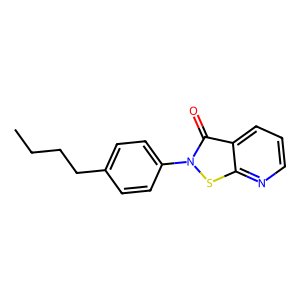
SMILES: CCCCc1ccc(-n2sc3ncccc3c2=O)cc1
Inhibits HIV replication: Yes